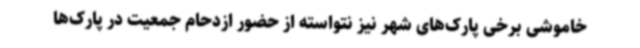
خاموشی برخی پارک‌های شهر نیز نتواسته از حضور ازدحام جمعیت در پارک‌ها